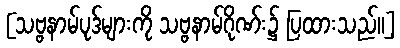
[သဗ္ဗနာမ်ပုဒ်များကို သဗ္ဗနာမ်ဂိုဏ်း၌ ပြထားသည်။]